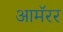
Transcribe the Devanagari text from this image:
आमॅरर